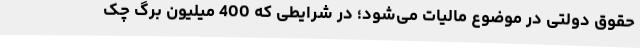
حقوق دولتی در موضوع مالیات می‌شود؛ در شرایطی که 400 میلیون برگ چک